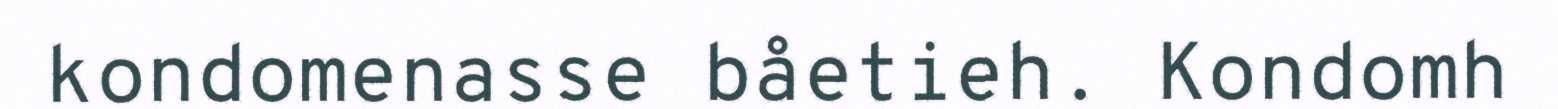
kondomenasse båetieh. Kondomh